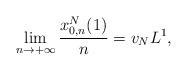
LaTeX: \begin{align*} \lim_{n \to +\infty} \frac{x^N_{0,n}(1)}{n} = v_N L^1,\end{align*}